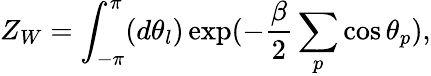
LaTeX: Z_{W}=\int_{-\pi}^{\pi}(d\theta_{l})\exp(-\frac{\beta}{2}\sum_{p}\cos{\theta}_{p}),